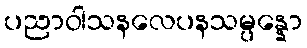
ပညာဝါသနလေပနသမ္ပန္နော